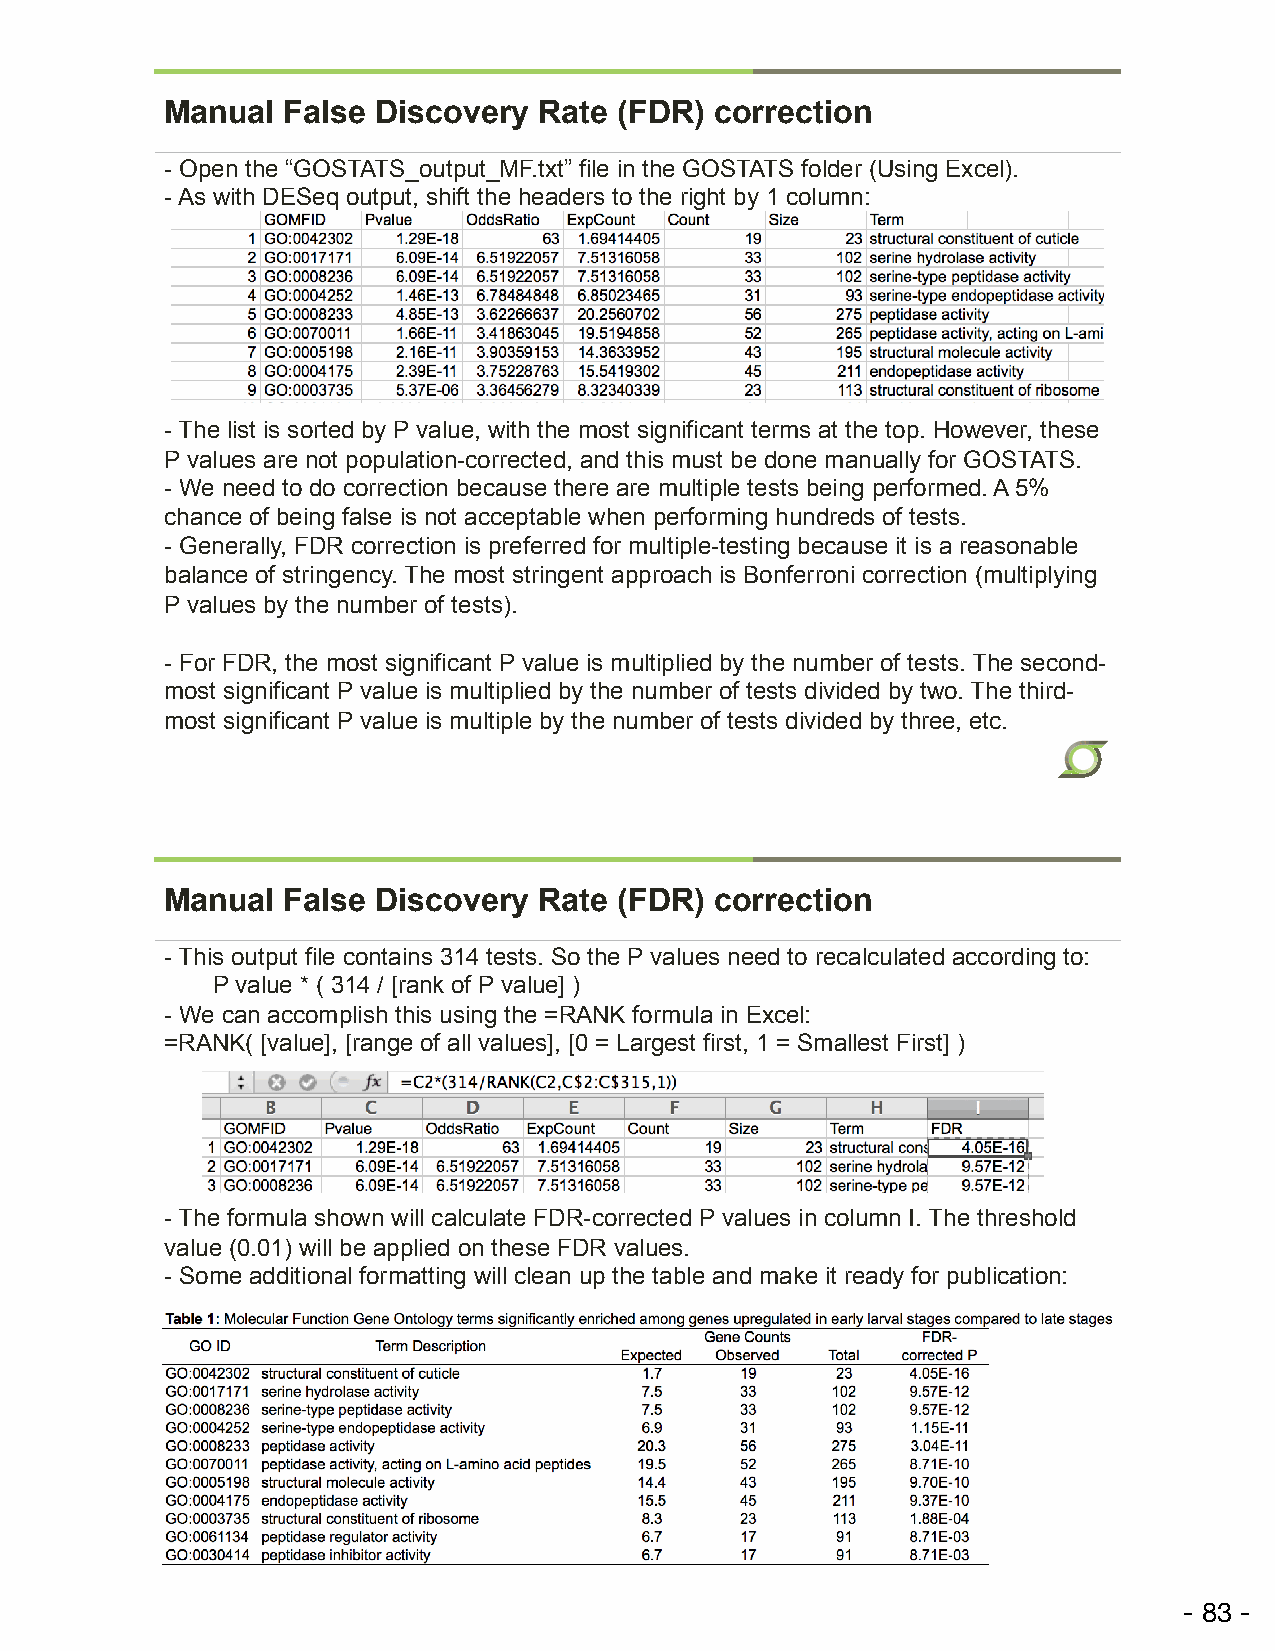
Manual  False Discovery  Rate (FDR) correction
 - Open the “GOSTATS_output_MF.txt” file in the GOSTATS folder (Using Excel).
 - As with DESeq output, shift the headers to the right by 1 column:
 - The list is sorted by P value, with the most significant terms at the top. However, these
 P values are not population-corrected, and this must be done manually for GOSTATS.
 - We need to do correction because there are multiple tests being performed. A 5%
 chance of being false is not acceptable when performing hundreds of tests.
 - Generally, FDR correction is preferred for multiple-testing because it is a reasonable
 balance of stringency. The most stringent approach is Bonferroni correction (multiplying
 P values by the number of tests).
 - For FDR, the most significant P value is multiplied by the number of tests. The second-
 most significant P value is multiplied by the number of tests divided by two. The third-
 most significant P value is multiple by the number of tests divided by three, etc.
 Manual  False Discovery  Rate (FDR) correction
 - This output file contains 314 tests. So the P values need to recalculated according to:
 P value * ( 314 / [rank of P value] )
 - We can accomplish this using the =RANK formula in Excel:
 =RANK( [value], [range of all values], [0 = Largest first, 1 = Smallest First] )
 - The formula shown will calculate FDR-corrected P values in column I. The threshold
 value (0.01) will be applied on these FDR values.
 - Some additional formatting will clean up the table and make it ready for publication: